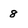
Character: 8